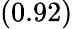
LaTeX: \left(0.92\right)